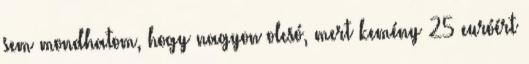
sem mondhatom, hogy nagyon olcsó, mert kemény 25 euróért